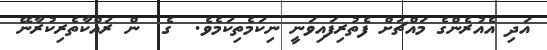
އަދި އެއުރެންގެ މައްޗަށް ފެތުރިފައިވަނީ ނިކަމެތިކަމެވެ.  ގެ  ން ރައްކާތެރިކުރާނޭ